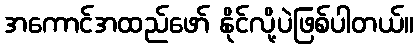
အကောင်အထည်ဖော် နိုင်လို့ပဲဖြစ်ပါတယ်။